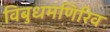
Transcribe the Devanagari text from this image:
विबुधमणिरिव